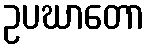
ဥပဃာတော